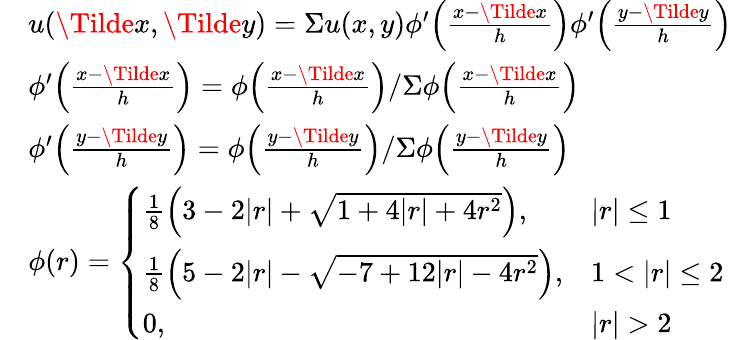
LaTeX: \begin{array}{rl}&{u(\Tilde{x},\Tilde{y})=\Sigma u(x,y)\phi^{\prime}\Bigl(\frac{x-\Tilde{x}}{h}\Bigr)\phi^{\prime}\Bigl(\frac{y-\Tilde{y}}{h}\Bigr)}\\ &{\phi^{\prime}\Bigl(\frac{x-\Tilde{x}}{h}\Bigr)=\phi\Bigl(\frac{x-\Tilde{x}}{h}\Bigr)/\Sigma\phi\Bigl(\frac{x-\Tilde{x}}{h}\Bigr)}\\ &{\phi^{\prime}\Bigl(\frac{y-\Tilde{y}}{h}\Bigr)=\phi\Bigl(\frac{y-\Tilde{y}}{h}\Bigr)/\Sigma\phi\Bigl(\frac{y-\Tilde{y}}{h}\Bigr)}\\ &{\phi(r)=\left\{ \begin{array}{ll}{\frac{1}{8}\Bigl(3-2|r|+\sqrt{1+4|r|+4r^{2}}\Bigr),}&{|r|\leq 1}\\ {\frac{1}{8}\Bigl(5-2|r|-\sqrt{-7+12|r|-4r^{2}}\Bigr),}&{1<|r|\leq 2}\\ {0,}&{|r|>2}\end{array}\right.}\end{array}